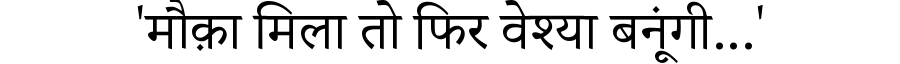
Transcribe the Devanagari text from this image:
'मौक़ा मिला तो फिर वेश्या बनूंगी...'